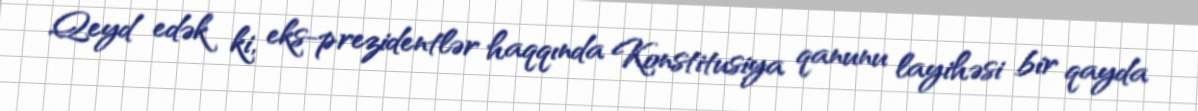
Qeyd edək ki, eks-prezidentlər haqqında Konstitusiya qanunu layihəsi bir qayda